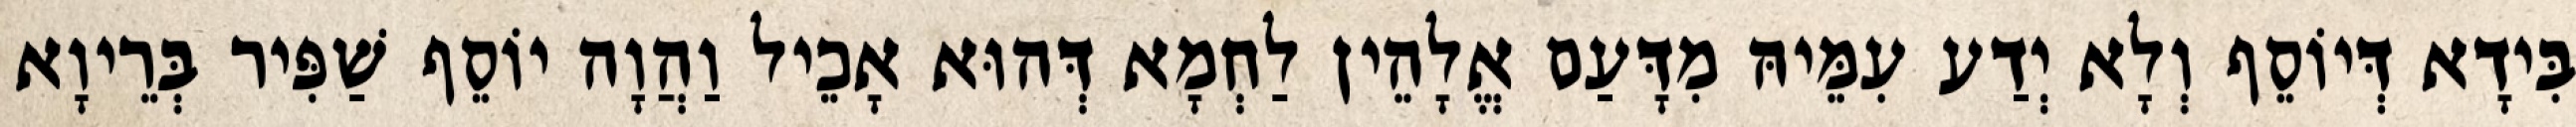
בִּידָא דְּיוֹסֵף וְלָא יְדַע עִמֵּיהּ מִדָּעַם אֱלָהֵין לַחְמָא דְּהוּא אָכֵיל וַהֲוָה יוֹסֵף שַׁפִּיר בְּרֵיוָא